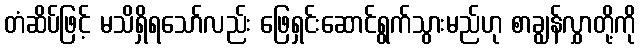
တံဆိပ်ဖြင့် မသိရှိရသော်လည်း ဖြေရှင်းဆောင်ရွက်သွားမည်ဟု စာချွန်လွှာတို့ကို